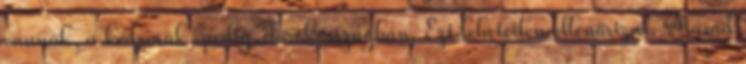
vannak, a kedvesük, pedig Törökországban. Ezt lehetetlen ellenőrizni. Marad